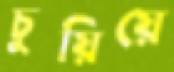
চুয়িয়ে